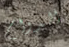
الدوام